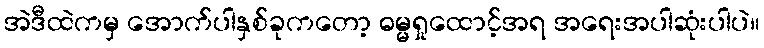
အဲဒီထဲကမှ အောက်ပါနှစ်ခုကတော့ ဓမ္မရှုထောင့်အရ အရေးအပါဆုံးပါပဲ။